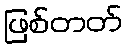
ဖြစ်တတ်